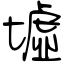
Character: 墟